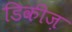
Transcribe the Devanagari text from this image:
डिकीज़